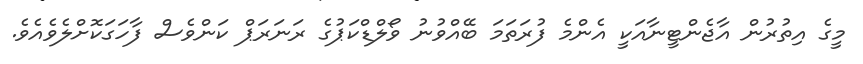
މީގެ އިތުރުން އާޖެންޓީނާއަކީ އެންމެ ފުރަތަމަ ބޭއްވުނު ވޯލްޑްކަޕުގެ ރަނަރަޕް ކަންވެސް ފާހަގަކޮށްލެވެއެވެ.